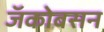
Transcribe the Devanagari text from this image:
जॅकोबसन